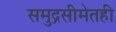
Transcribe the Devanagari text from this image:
समुद्रसीमेतही